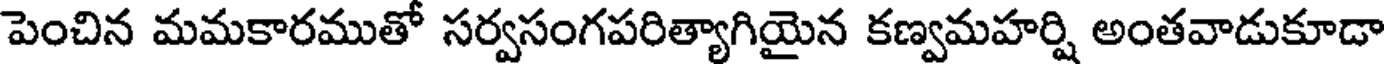
పెంచిన మమకారముతో సర్వసంగపరిత్యాగియైన కణ్వమహర్షి అంతవాడుకూడా